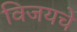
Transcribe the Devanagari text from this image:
विजयचे